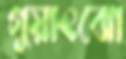
গুয়াংঝো